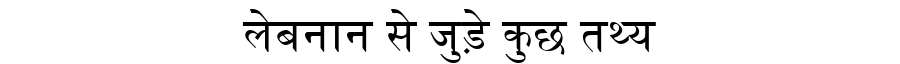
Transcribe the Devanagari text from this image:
लेबनान से जुड़े कुछ तथ्य